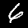
Digit: 6